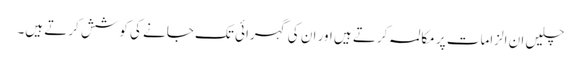
چلیں ان الزامات پر مکالمہ کرتے ہیں اور ان کی گہرائی تک جانے کی کوشش کرتے ہیں۔